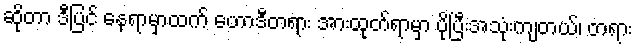
ဆိုတာ ဒီပြင် နေရာမှာထက် ဟောဒီတရား အားထုတ်ရာမှာ ပိုပြီးအသုံးကျတယ်၊ တရား